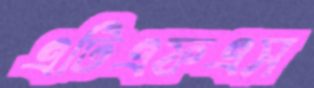
এটিএফএস